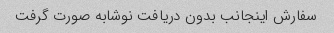
سفارش اینجانب بدون دریافت نوشابه صورت گرفت